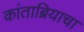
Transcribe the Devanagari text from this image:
कांताब्रियाचा